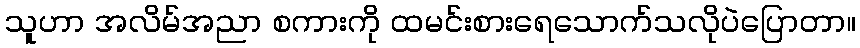
သူဟာ အလိမ်အညာ စကားကို ထမင်းစားရေသောက်သလိုပဲပြောတာ။